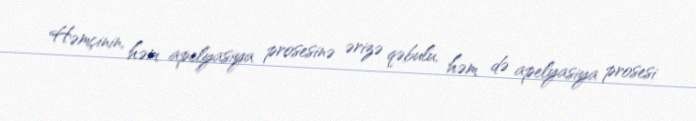
Həmçinin, həm apelyasiya prosesinə ərizə qəbulu, həm də apelyasiya prosesi